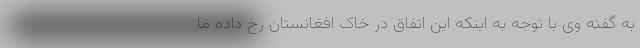
به گفته وی با توجه به اینکه این اتفاق در خاک افغانستان رخ داده ما